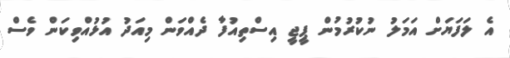
އެ ލަފަޔަށް އަމަލު ނުކުރުމުން ޕީޖީ އިސްތިއުފާ ދެއްވަން މިއަދު އުޅުއްވިކަން ވެސް